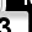
Digit: 3